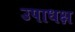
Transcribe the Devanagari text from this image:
उपाधक्ष